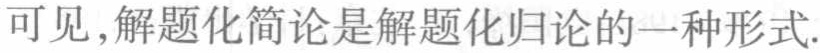
可见，解题化简论是解题化归论的一种形式.